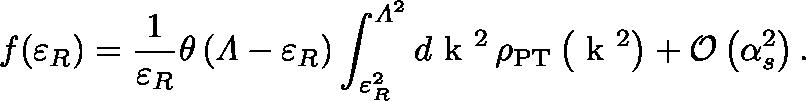
f ( \varepsilon _ { R } ) = \frac { 1 } { \varepsilon _ { R } } \theta \left( { \mit \Lambda } - \varepsilon _ { R } \right) \int _ { \varepsilon _ { R } ^ { 2 } } ^ { { \mit \Lambda } ^ { 2 } } d \mathrm { \boldmath ~ k ~ } { } ^ { 2 } \, \rho _ { \mathrm { P T } } \left( \mathrm { \boldmath ~ k ~ } { } ^ { 2 } \right) + { \cal O } \left( \alpha _ { s } ^ { 2 } \right) .